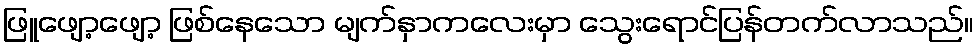
ဖြူဖျော့ဖျော့ ဖြစ်နေသော မျက်နှာကလေးမှာ သွေးရောင်ပြန်တက်လာသည်။